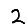
Digit: 2